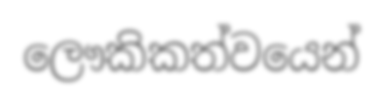
ලෞකිකත්වයෙන්